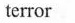
terror